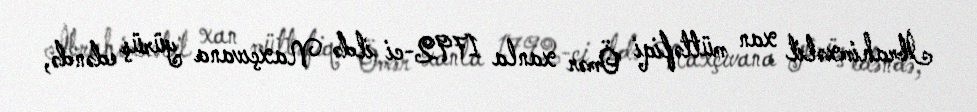
İbrahimxəlil xan müttəfiqi Ömər xanla 1792-ci ildə Naxçıvana yürüş edəndə,